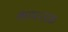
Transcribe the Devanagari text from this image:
कामन्तक